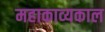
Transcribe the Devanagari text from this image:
महाकाव्‍यकाल